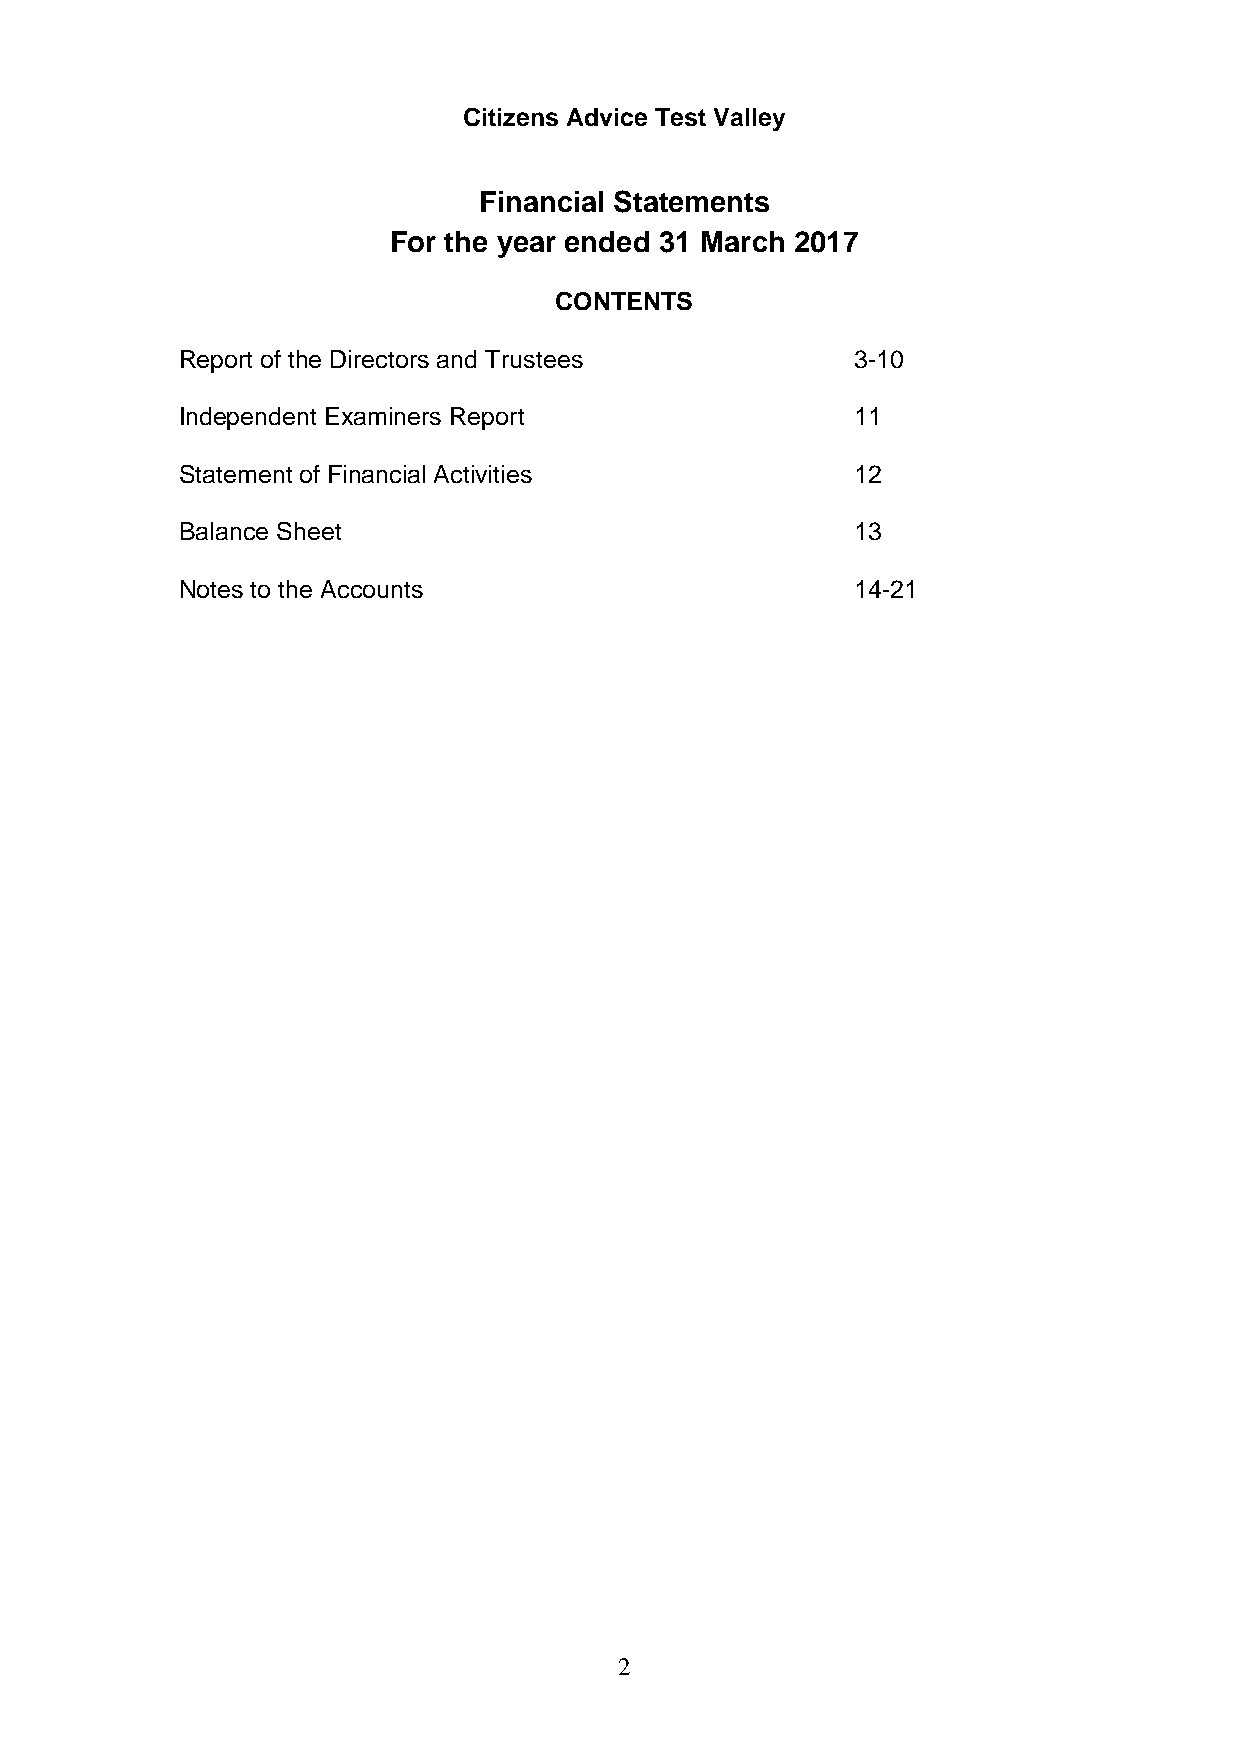
Citizens Advice Test Valley
 Financial Statements
 For the year ended 31 March 2017
 CONTENTS
 Report of the Directors and Trustees         3-10
 Independent Examiners Report                 11
 Statement of Financial Activities            12
 Balance Sheet                                13
 Notes to the Accounts                        14-21
 2